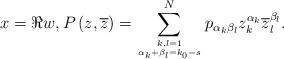
LaTeX: \begin{align*}x=\Re w,P\left(z, \overline{z}\right)=\displaystyle\sum_{k,l=1\atop{\alpha_{k}+\beta_{l}}=k_{0}-s}^{N} p_{\alpha_{k}\beta_{l}}z_{k}^{\alpha_{k}}\overline{z}_{l}^{\beta_{l}}.\end{align*}